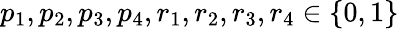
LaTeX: p_{1},p_{2},p_{3},p_{4},r_{1},r_{2},r_{3},r_{4}\in\{ 0,1\}